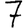
Digit: 7